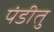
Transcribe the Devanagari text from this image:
पंडीतु